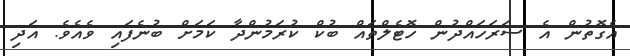
އެގޮތުން އެ ސަރަހައްދުން ހޮޓެލްތައް ބުކް ކުރަމުންދާ ކަމަށް ބުނެފައި ވެއެވެ. އަދި